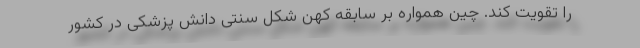
را تقویت کند. چین همواره بر سابقه کهن شکل سنتی دانش پزشکی در کشور